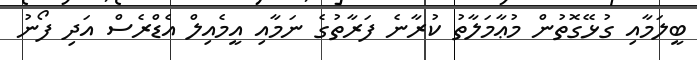
ބީލަމާއި ގުޅޭގޮތުން މުޢާމަލާތު ކުރާނެ ފަރާތުގެ ނަމާއި އީމެއިލް އެޑްރެސް އަދި ފޯނު